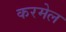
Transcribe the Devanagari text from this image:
करमेल